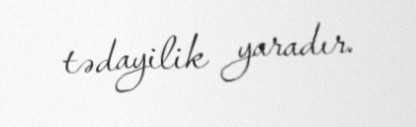
tədayilik yaradır.